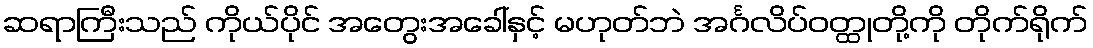
ဆရာကြီးသည် ကိုယ်ပိုင် အတွေးအခေါ်နှင့် မဟုတ်ဘဲ အင်္ဂလိပ်ဝတ္ထုတို့ကို တိုက်ရိုက်